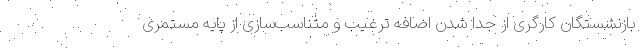
بازنشستگان کارگری از جدا شدن اضافه ترغیب و متناسب‌سازی از پایه مستمری